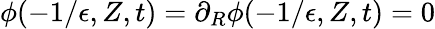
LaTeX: \phi(-1/\epsilon,Z,t)=\partial_{R}\phi(-1/\epsilon,Z,t)=0